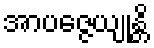
အာပဇ္ဇေယျုန္တိ